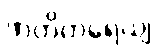
ဖာတိကရေယျ